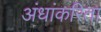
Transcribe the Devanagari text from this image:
अंधांकरिता